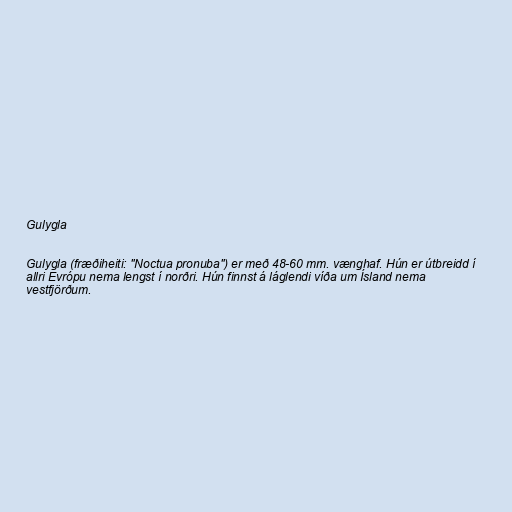
Gulygla

Gulygla (fræðiheiti: "Noctua pronuba") er með 48-60 mm. vænghaf. Hún er útbreidd í
allri Evrópu nema lengst í norðri. Hún finnst á láglendi víða um Ísland nema
vestfjörðum.